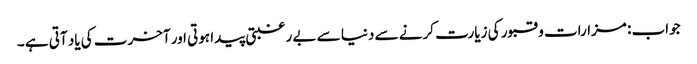
جواب : مزارات و قبور کی زیارت کرنے سے دنیا سے بے رغبتی پیدا ہوتی اور آخرت کی یاد آتی ہے ۔